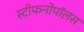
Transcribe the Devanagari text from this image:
स्टीफनोपॉलस